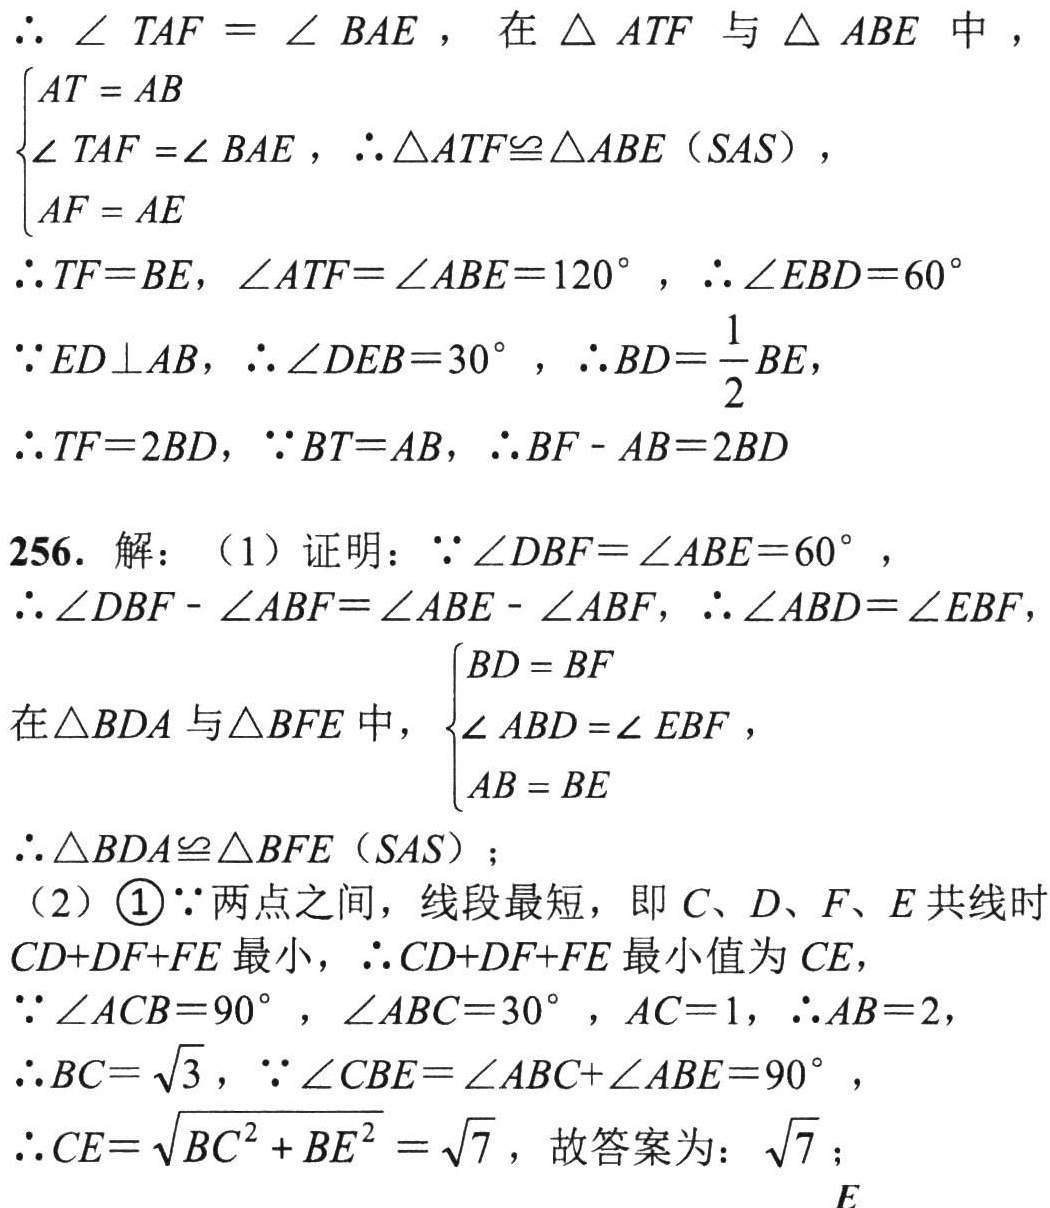
\(\therefore \angle TAF = \angle BAE\)，在\(\triangle ATF\)与\(\triangle ABE\)中，

\(\begin{cases}

AT = AB \\

\angle TAF =\angle BAE \\

AF = AE

\end{cases}\)，\(\therefore \triangle ATF\cong\triangle ABE\)（\(SAS\)），

\(\therefore TF = BE\)，\(\angle ATF=\angle ABE = 120^{\circ}\)，\(\therefore \angle EBD = 60^{\circ}\)

\(\because ED\perp AB\)，\(\therefore \angle DEB = 30^{\circ}\)，\(\therefore BD=\frac{1}{2}BE\)，

\(\therefore TF = 2BD\)，\(\because BT = AB\)，\(\therefore BF - AB = 2BD\)

256. 解：（1）证明：\(\because \angle DBF=\angle ABE = 60^{\circ}\)，

\(\therefore \angle DBF - \angle ABF=\angle ABE - \angle ABF\)，\(\therefore \angle ABD=\angle EBF\)，

在\(\triangle BDA\)与\(\triangle BFE\)中，\(\begin{cases}

BD = BF \\

\angle ABD =\angle EBF \\

AB = BE

\end{cases}\)，

\(\therefore \triangle BDA\cong\triangle BFE\)（\(SAS\)）；

（2）\textcircled{1}\(\because\)两点之间，线段最短，即\(C\)、\(D\)、\(F\)、\(E\)共线时\(CD + DF+FE\)最小，\(\therefore CD + DF+FE\)最小值为\(CE\)，

\(\because \angle ACB = 90^{\circ}\)，\(\angle ABC = 30^{\circ}\)，\(AC = 1\)，\(\therefore AB = 2\)，

\(\therefore BC=\sqrt{3}\)，\(\because \angle CBE=\angle ABC+\angle ABE = 90^{\circ}\)，

\(\therefore CE=\sqrt{BC^{2}+BE^{2}}=\sqrt{7}\)，故答案为：\(\sqrt{7}\)；